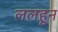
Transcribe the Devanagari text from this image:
ललहून